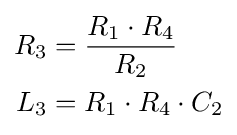
{\begin{aligned}R_{3}&={\frac {R_{1}\cdot R_{4}}{R_{2}}}\\L_{3}&=R_{1}\cdot R_{4}\cdot C_{2}\end{aligned}}